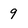
Character: 9